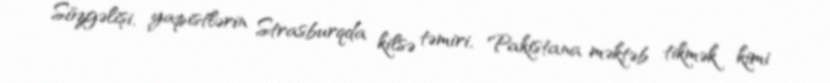
Sözgəlişi, yapistlərin Strasburqda kilsə təmiri, Pakistana məktəb tikmək kimi